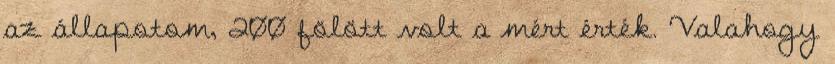
az állapotom, 200 fölött volt a mért érték. Valahogy